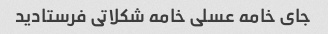
جای خامه عسلی خامه شکلاتی فرستادید